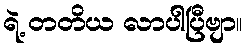
ရဲ့ တတိယ လာပါပြီဗျာ။